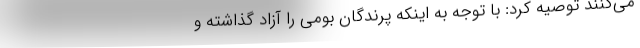
می‌کنند توصیه کرد: با توجه به اینکه پرندگان بومی را آزاد گذاشته و